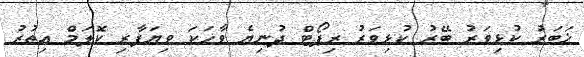
ޚަބަރު ކުޅިވަރު ބޭރު ކުޅިވަރު ރިޕޯޓް ދުނިޔެ ވާހަކަ ވިޔަފާރި ކޮލަމް އިތުރު